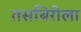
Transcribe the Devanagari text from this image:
तसबिरीला